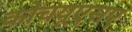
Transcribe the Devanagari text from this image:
कोचयूएसए